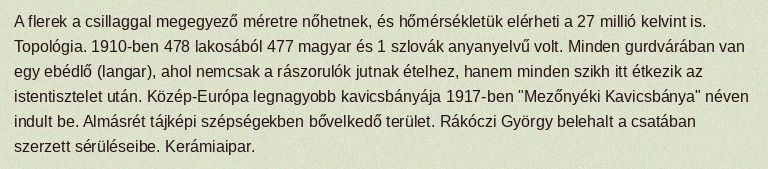
A flerek a csillaggal megegyező méretre nőhetnek, és hőmérsékletük elérheti a 27 millió kelvint is. Topológia. 1910-ben 478 lakosából 477 magyar és 1 szlovák anyanyelvű volt. Minden gurdvárában van egy ebédlő (langar), ahol nemcsak a rászorulók jutnak ételhez, hanem minden szikh itt étkezik az istentisztelet után. Közép-Európa legnagyobb kavicsbányája 1917-ben "Mezőnyéki Kavicsbánya" néven indult be. Almásrét tájképi szépségekben bővelkedő terület. Rákóczi György belehalt a csatában szerzett sérüléseibe. Kerámiaipar.